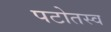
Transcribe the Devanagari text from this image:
पटोतस्व